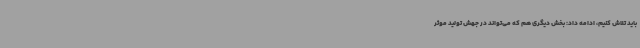
باید تلاش کنیم، ادامه داد: بخش دیگری هم که می‌تواند در جهش تولید موثر